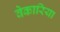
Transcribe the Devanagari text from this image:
वेकारिया